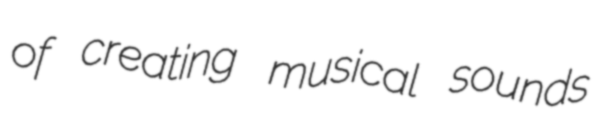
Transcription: of creating musical sounds